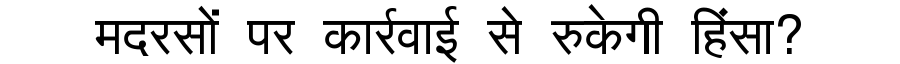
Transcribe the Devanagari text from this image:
मदरसों पर कार्रवाई से रुकेगी हिंसा?